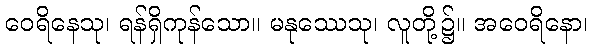
ဝေရိနေသု၊ ရန်ရှိကုန်သော။ မနုဿေသု၊ လူတို့၌။ အဝေရိနော၊